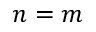
n = m